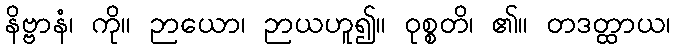
နိဗ္ဗာနံ၊ ကို။ ဉာယော၊ ဉာယဟူ၍။ ဝုစ္စတိ၊ ၏။ တဒတ္ထာယ၊